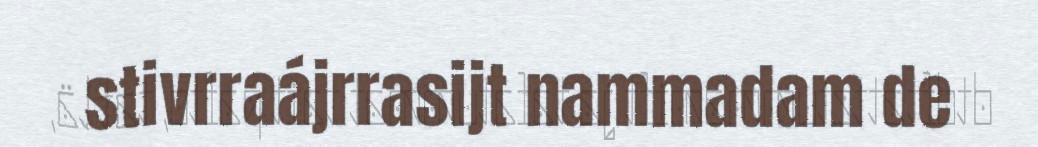
stivrraájrrasijt nammadam de